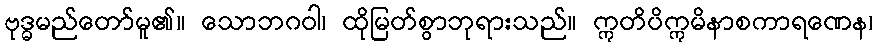
ဗုဒ္ဓမည်တော်မူ၏။ သောဘဂဝါ၊ ထိုမြတ်စွာဘုရားသည်။ ဣတိပိဣမိနာစကာရဏေန၊